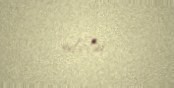
ediblər.